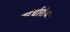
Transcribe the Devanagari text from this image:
स्पर्धारोधन